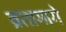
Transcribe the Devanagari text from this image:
व्रतामागे